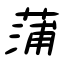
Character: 蒲